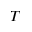
T